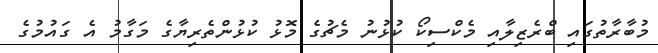
މުބާރާތުގައި ބްރެޒިލާއި މެކްސިކޯ ކުޅުނު މެޗުގެ މޮޅު ކުޅުންތެރިޔާގެ މަގާމު އެ ގައުމުގެ